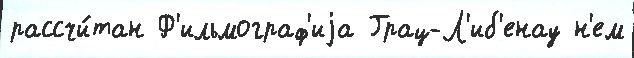
рассчи́тан Ф'ильмограф'иjа Грац-Л'иб'енау н'ем